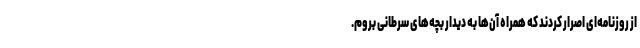
از روزنامه‌ای اصرار کردند که همراه آن‌ها به دیدار بچه‌های سرطانی بروم.